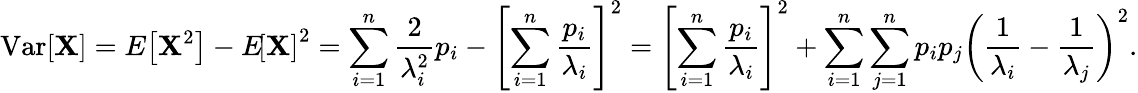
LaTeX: \operatorname{Var}[\mathbf{X}]=E\! \left[\mathbf{X}^{2}\right]-E\! \left[\mathbf{X}\right]^{2}=\sum_{i=1}^{n}{\frac{{2}}{{\lambda_{i}^{2}}}}p_{i}-\left[\sum_{i=1}^{n}{\frac{{p_{i}}}{{\lambda_{i}}}}\right]^{2}=\left[\sum_{i=1}^{n}{\frac{{p_{i}}}{{\lambda_{i}}}}\right]^{2}+\sum_{i=1}^{n}\sum_{j=1}^{n}p_{i}p_{j}\left({\frac{{1}}{{\lambda_{i}}}}-{\frac{{1}}{{\lambda_{j}}}}\right)^{2}.